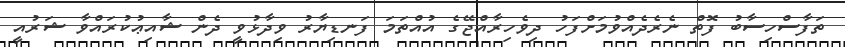
ތަފާސްހިސާބު ފޮތް ނެރެދެއްވުމަށްފަހު ދިވެހިރާއްޖޭގެ އުއްތަމަ ފަނޑިޔާރު ވިދާޅުވީ ދެން ޝާއިޢުކުރައްވާ ޝަރުއީ